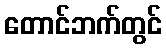
တောင်ဘက်တွင်